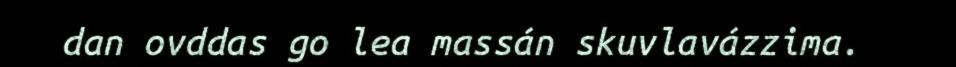
dan ovddas go lea massán skuvlavázzima.